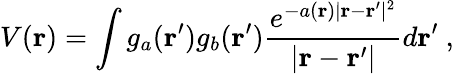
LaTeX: V(\mathbf{r})=\int g_{a}(\mathbf{r}^{\prime})g_{b}(\mathbf{r}^{\prime})\frac{e^{-a(\mathbf{r})|\mathbf{r}-\mathbf{r}^{\prime}|^{2}}}{|\mathbf{r}-\mathbf{r}^{\prime}|}d\mathbf{r}^{\prime}\ ,